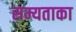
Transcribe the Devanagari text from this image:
सम्यताका